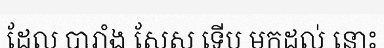
ដែល បារាំង សែស ទើប មកដល់ នោះ